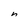
Character: h